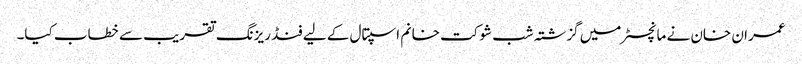
عمران خان نے مانچسٹر میں گزشتہ شب شوکت خانم اسپتال کے لیے فنڈ ریزنگ تقریب سے خطاب کیا۔